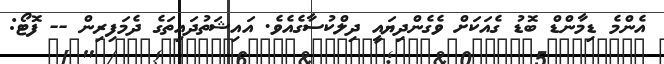
އެންމެ ޑިމާންޑް ބޮޑު ގެއަކަށް ވެގެންދިޔައީ ދިލްކުސާގެއެވެ. އައިޝަތުދައިތަގެ ދެމަފިރިން -- ފޮޓޯ: